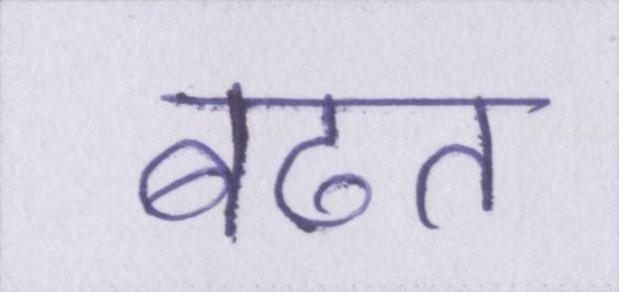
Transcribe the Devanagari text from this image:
बढत